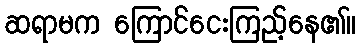
ဆရာမက ကြောင်ငေးကြည့်နေ၏။